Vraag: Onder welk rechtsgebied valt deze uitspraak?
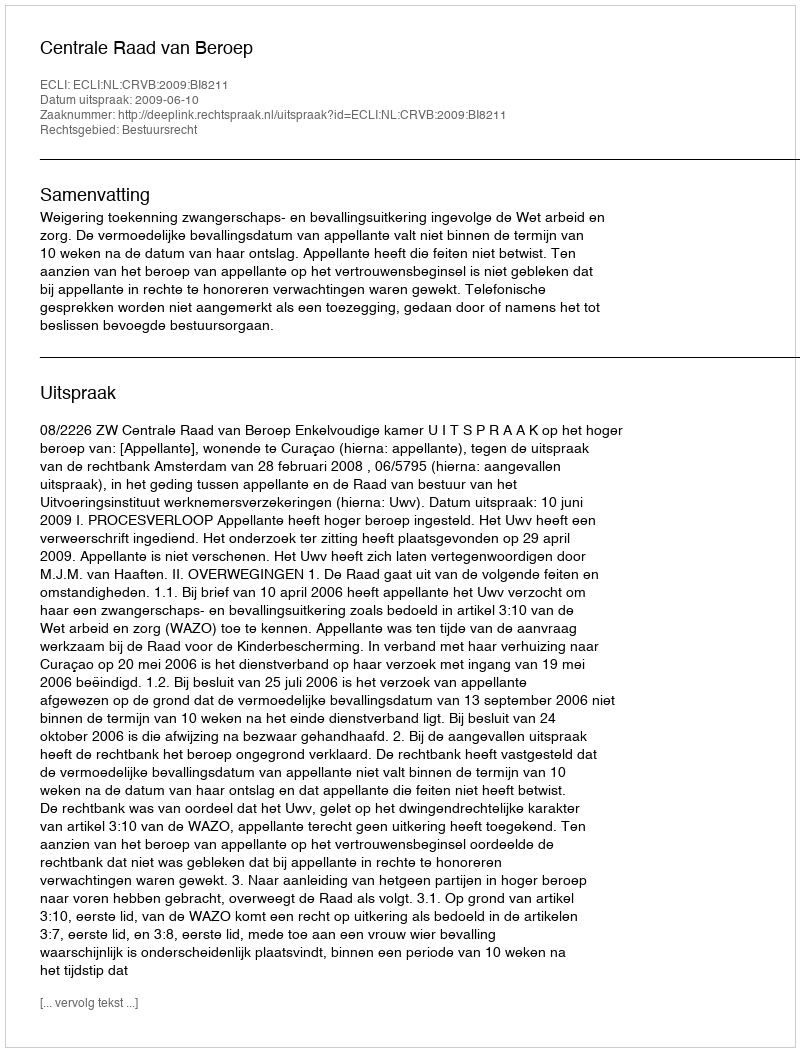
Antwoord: Bestuursrecht